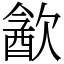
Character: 㱃